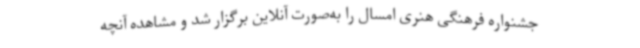
جشنواره فرهنگی هنری امسال را به‌صورت آنلاین برگزار شد و مشاهده آنچه